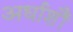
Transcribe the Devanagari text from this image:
अर्धाशौं